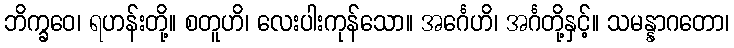
ဘိက္ခဝေ၊ ရဟန်းတို့။ စတူဟိ၊ လေးပါးကုန်သော။ အင်္ဂေဟိ၊ အင်္ဂတို့နှင့်။ သမန္နာဂတော၊